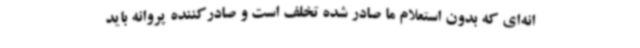
انه‌ای که بدون استعلام ما صادر شده تخلف است و صادرکننده پروانه باید